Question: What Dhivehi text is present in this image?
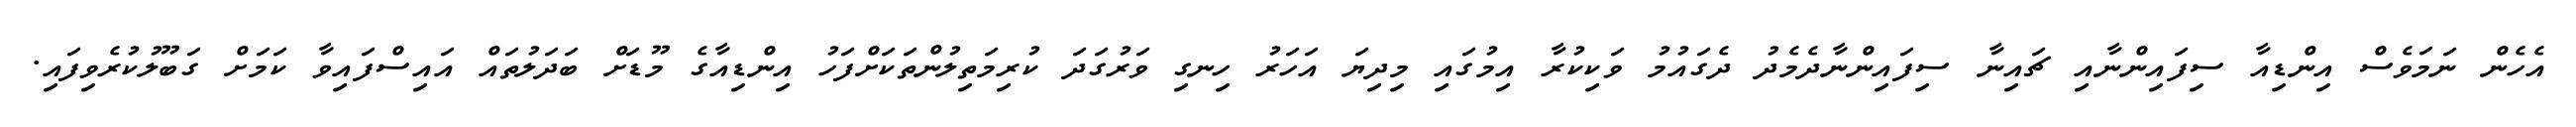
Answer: އެހެން ނަމަވެސް އިންޑިއާ ސިފައިންނާއި ޗައިނާ ސިފައިންނާދެމެދު ދެގައުމު ވަކިކުރާ އިމުގައި މިދިޔަ އަހަރު ހިނގި ވަރުގަދަ ކުރިމަތިލުންތަކަށްފަހު އިންޑިއާގެ މޫޑަށް ބަދަލުތައް އައިސްފައިވާ ކަމަށް ގަބޫލުކުރެވިފައި.